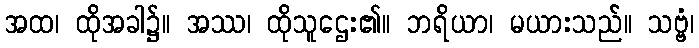
အထ၊ ထိုအခါ၌။ အဿ၊ ထိုသူဌေး၏။ ဘရိယာ၊ မယားသည်။ သဗ္ဗံ၊